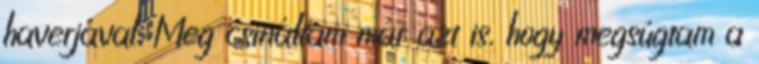
haverjával. Meg csináltam már azt is, hogy megsúgtam a